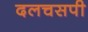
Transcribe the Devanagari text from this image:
दलचसपी